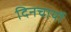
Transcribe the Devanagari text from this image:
दिनचार्यो